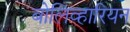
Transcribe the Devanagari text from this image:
बोलिव्हारियन